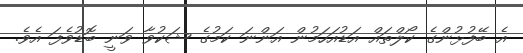
އެ ބޭފުޅުންގެ ކޯލްތައް އަޑުއަހަމުން އަންނަ ކަމުގެ ޝަކުވާ ވަނީ ބޮޑުވެފަ އެވެ.